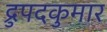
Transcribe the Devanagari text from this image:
द्रुपदकुमार